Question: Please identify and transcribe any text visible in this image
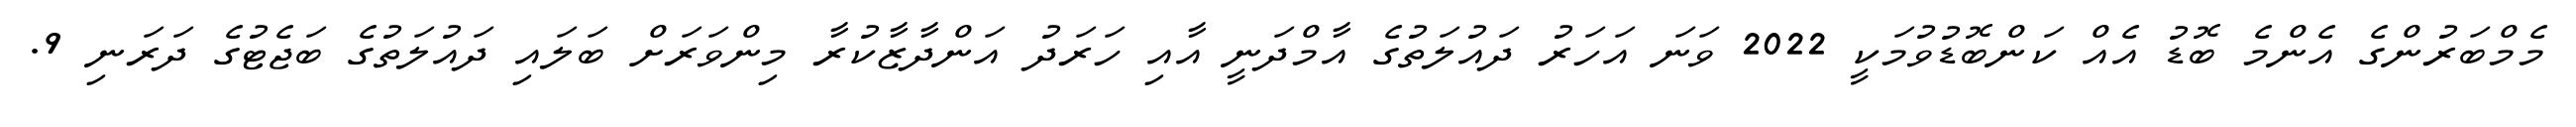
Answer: މެމްބަރުންގެ އެންމެ ބޮޑު އެއް ކަންބޮޑުވުމަކީ 2022 ވަނަ އަހަރު ދައުލަތުގެ އާމްދަނީ އާއި ހަރަދު އަންދާޒާކުރާ މިންވަރަށް ބަލައި ދައުލަތުގެ ބަޖެޓުގެ ދަރަނި 9.